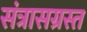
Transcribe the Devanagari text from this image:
संत्रासग्रस्त